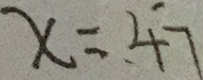
x = 4 7